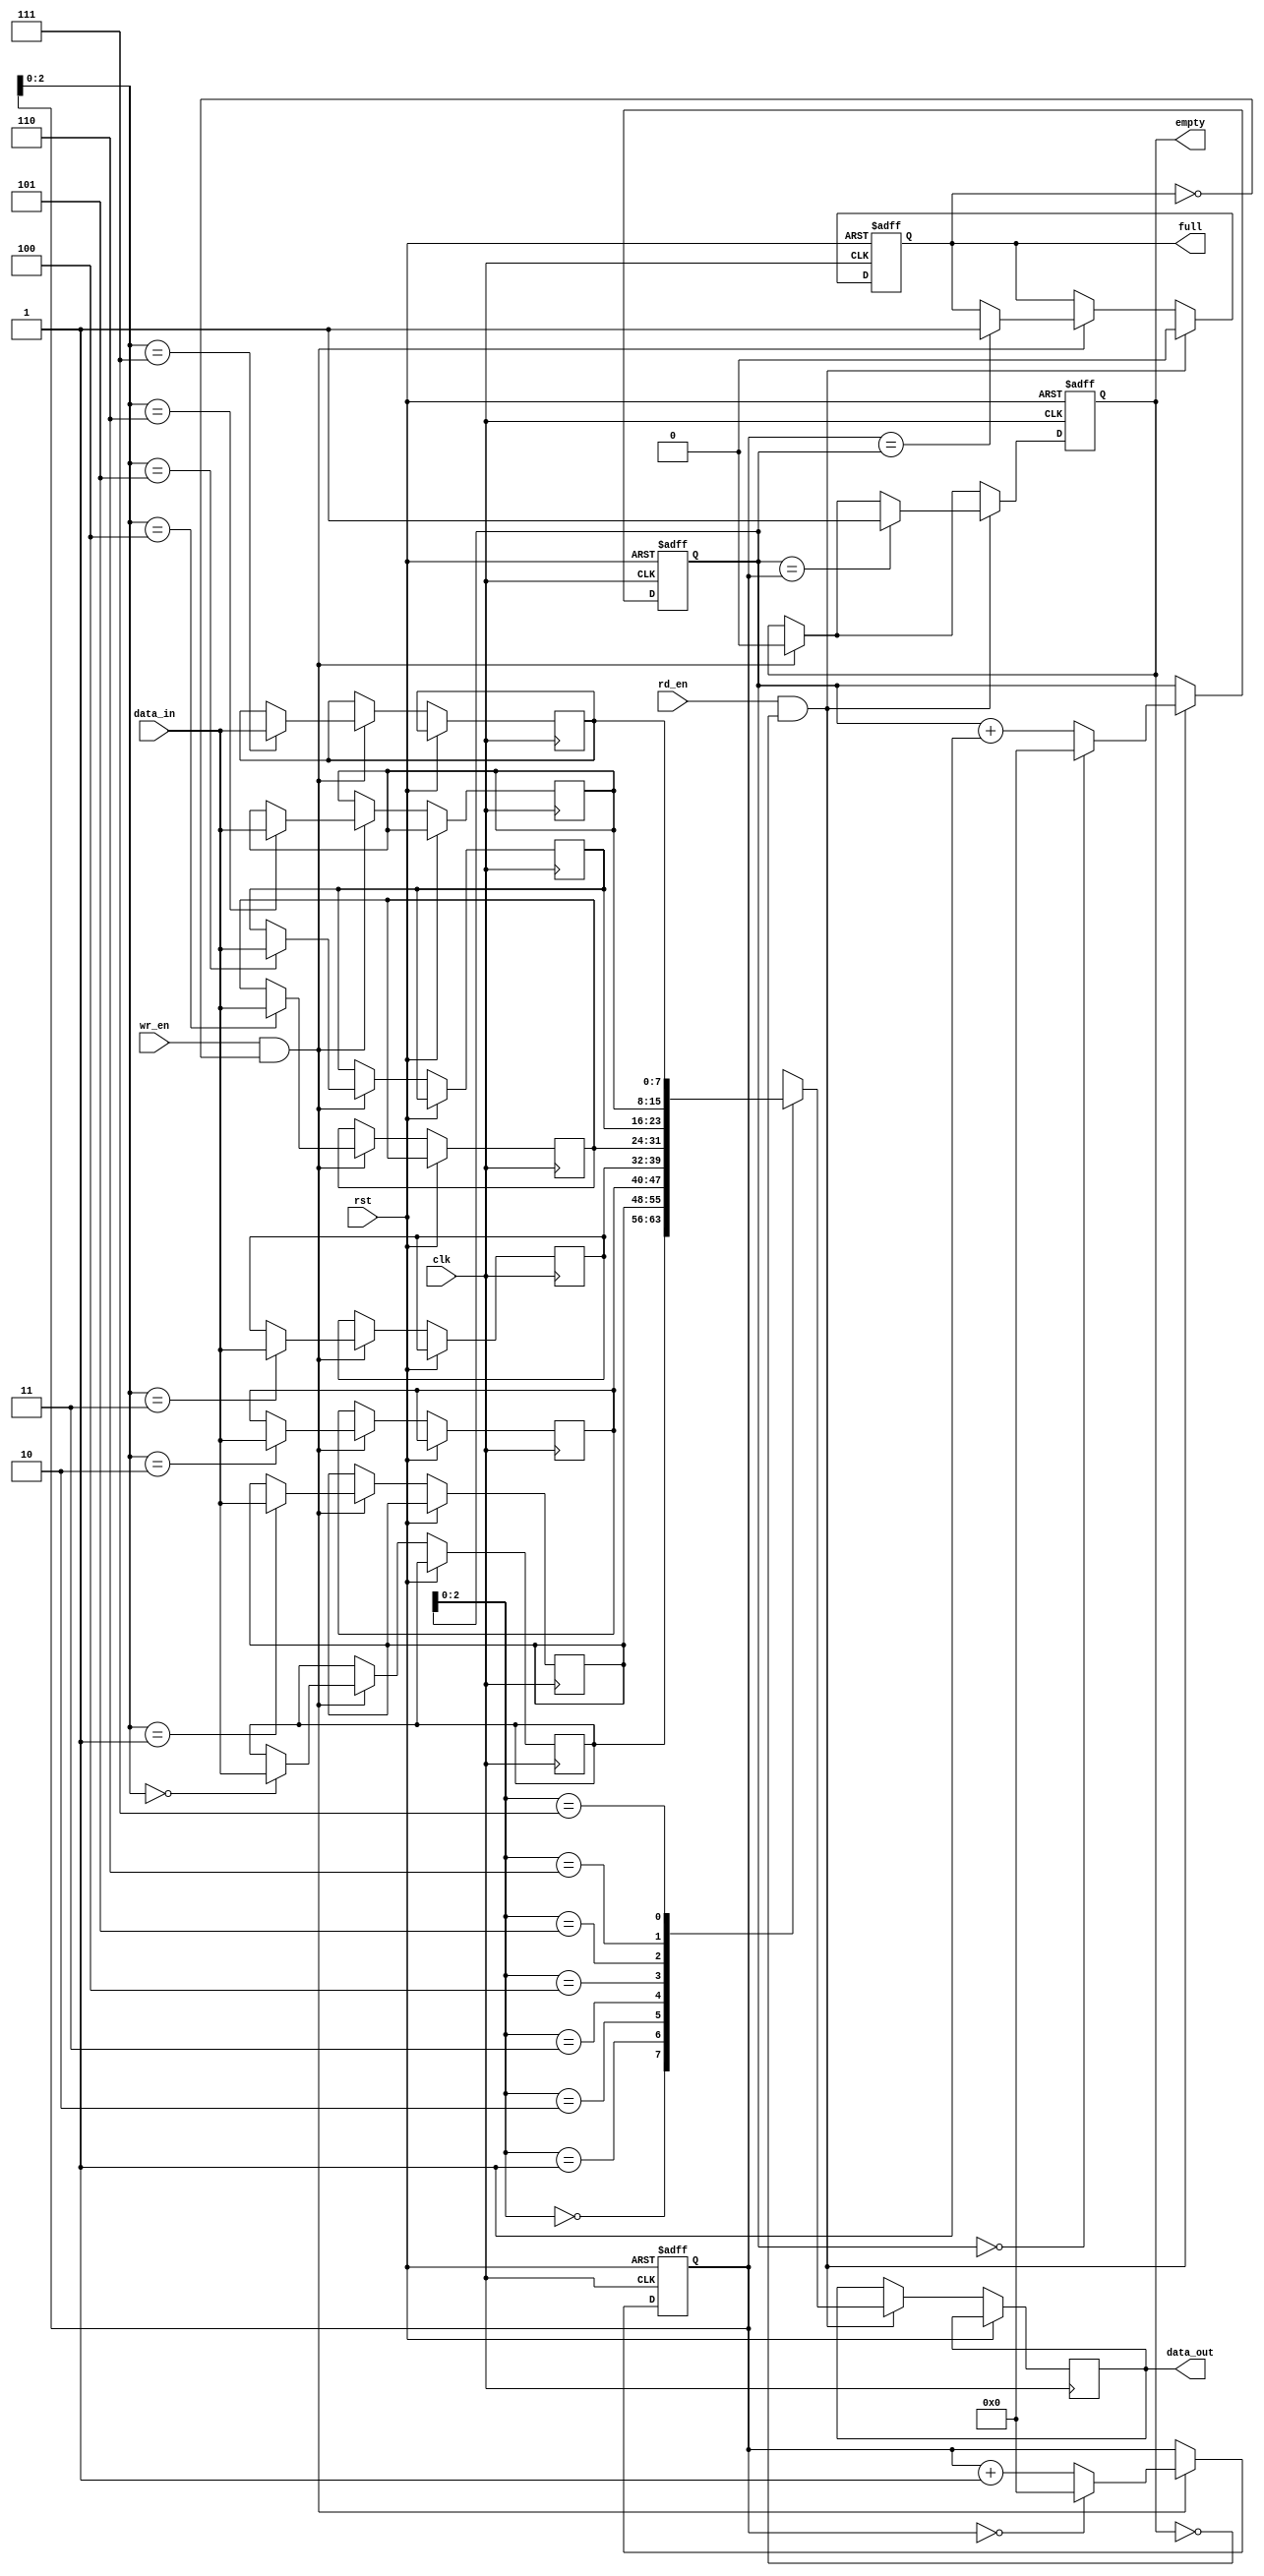
module fifo_buffer (
    input wire clk,
    input wire rst,
    input wire wr_en,
    input wire rd_en,
    input wire [7:0] data_in,
    output reg [7:0] data_out,
    output reg full,
    output reg empty
);

reg [7:0] buffer [7:0]; // FIFO buffer array
reg [3:0] wr_ptr;
reg [3:0] rd_ptr;

always @ (posedge clk or posedge rst) begin
    if (rst) begin
        wr_ptr <= 4'd0;
        rd_ptr <= 4'd0;
        full <= 1'b0;
        empty <= 1'b1;
    end else begin
        if (wr_en && !full) begin
            buffer[wr_ptr] <= data_in;
            wr_ptr <= wr_ptr + 4'd1;
            if (wr_ptr == 4'd16) begin
                wr_ptr <= 4'd0;
            end
            empty <= 1'b0;
            if (wr_ptr == rd_ptr) begin
                full <= 1'b1;
            end
        end
        if (rd_en && !empty) begin
            data_out <= buffer[rd_ptr];
            rd_ptr <= rd_ptr + 4'd1;
            if (rd_ptr == 4'd16) begin
                rd_ptr <= 4'd0;
            end
            full <= 1'b0;
            if (rd_ptr == wr_ptr) begin
                empty <= 1'b1;
            end
        end
    end
end

endmodule